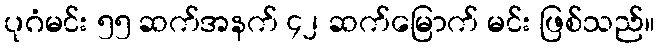
ပုဂံမင်း ၅၅ ဆက်အနက် ၄၂ ဆက်မြောက် မင်း ဖြစ်သည်။